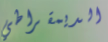
الديمقراطي